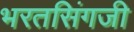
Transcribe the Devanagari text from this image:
भरतसिंगजी